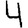
Digit: 4